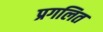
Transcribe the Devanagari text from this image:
प्रगलित